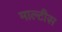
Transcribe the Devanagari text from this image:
माल्टीस